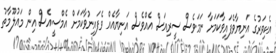
އެކިވަރުގެ އަނިޔާވެފައިވާކަމަށާ ނަމަވެސް ސީރިއަސް އެއްވެސް އަނިޔާއެއް ވެފައިނުވާކަމަށް އެމްސީއެސް އިން މައުލޫމާތު